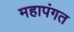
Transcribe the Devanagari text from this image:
महापंगत